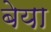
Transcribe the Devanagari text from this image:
बेया